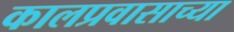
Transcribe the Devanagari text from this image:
कालप्रवासाच्या